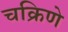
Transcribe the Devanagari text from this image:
चक्रिणे